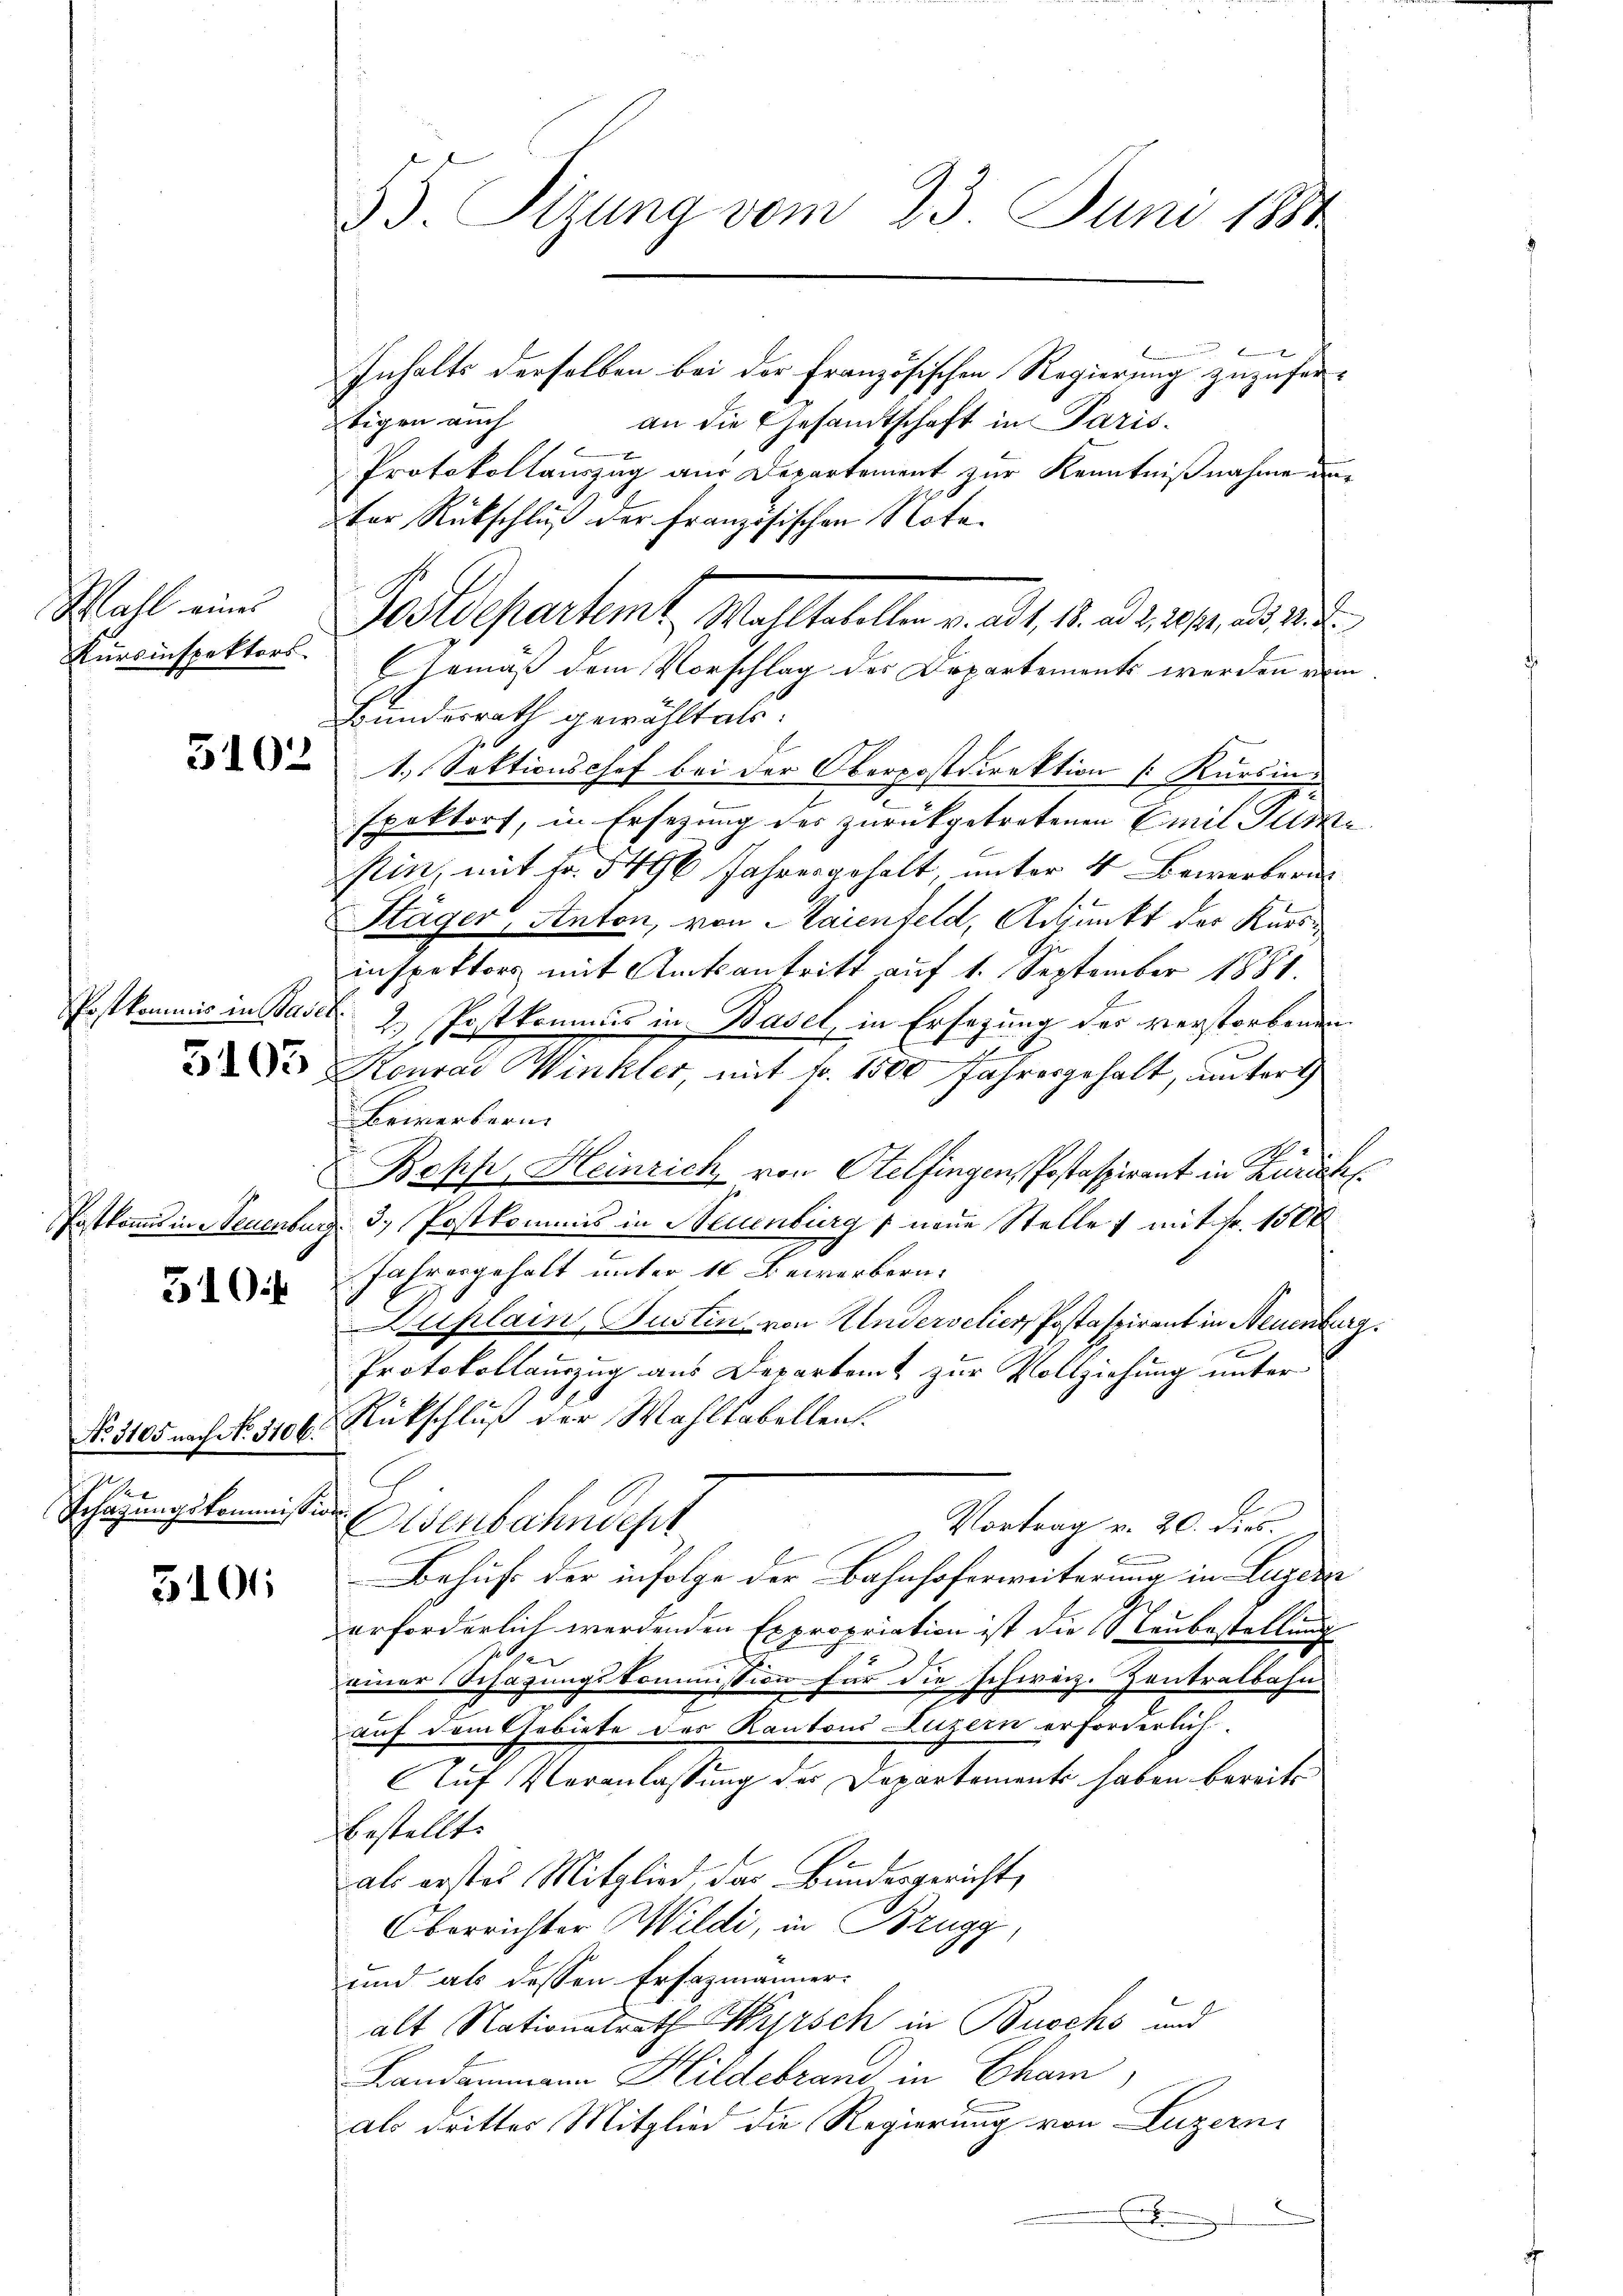
Wahl eines
Kursinspektors.

Post kommis in Basel

510:

Ve
Ecsagungskommission

3101

33. Sizung vom 23. Juni 1884

Inhalts derselben bei der französischen Regierung zuzufertigen auch
an die Gesandtschaft in Paris.
Protokollauszug aus Departement zur Kenntnißnahme an
ter Rückschluß der Französischen Nota¬
Gemäß dem Vorschlag des Departements werden vom
Bundesrath gewählt als:
 1. Sektionschef bei der Oberpostdirektion Kursin
spektort, in Ersezung des zurückgetretenen Emil Tur¬
Sin, mit Fr. 5496 Jahresgehalt, unter 4 Bewerbern
Stäger, Anton, von Maienfeld, Adjunkt der Kursinspektors mit Amtsantritt auf 1. September 1881.
2. Postkommes in Basel, in Ersezung des verstorbenen
u Dr. Konrad Winkler, mit fr. 1500 Jahresgehalt, untert
Bewerkern.
Bopp, Heinrich von Otelfingen, Postaspirant in Zürich
Patkommis in Neuenburg 3. Postkommis in Neuenburg neue Stelle ; mit Fr. 1500
Jahresgehalt unter 10 Bewerbern.
Duplain, Justin von Undervelier, Postaspirant in Neuenburg.
Protokollauszug aus Departamt zur Vollziehung unter
No. 3105 nach No 1106. Rückschluß der Wahltabellen.
Eisenbahndept
Vortrag v. 20. dies.
Behufe der infolge der Bahnhoferweiterung in Luzer
erforderlich werdenden Expropriation ist die Neubestellung
2
einer Schazungskommission für die schweiz. Zentralbahn
auf dem Gebiete des Kantons Luzern erforderlich
Auf Veranlassung des Departements haben bereits
bestellt.
als erstes Mitglied, das Bundesgericht,
Oberrichter Wildi, in Brugg
und als dessen Ersatzmänneralt Nationalrath Wyrsch in Buochs und
Landammann Hildebrand in Cham
als drittes Mitglied die Regierung von Luzern,
b
E

Postdepartent, Wahltatellen v. ad 1. 1. Briefe. ad 1.